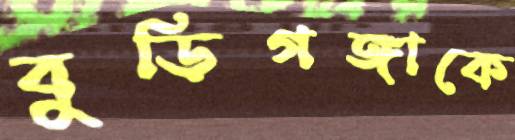
বুড়িগঙ্গাকে